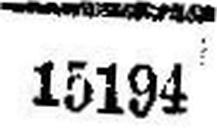
15194